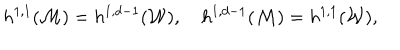
LaTeX: h ^ { 1 , 1 } ( { \cal M } ) = h ^ { 1 , d - 1 } ( { \cal W } ) , \quad h ^ { 1 , d - 1 } ( { \cal M } ) = h ^ { 1 , 1 } ( { \cal W } ) ,